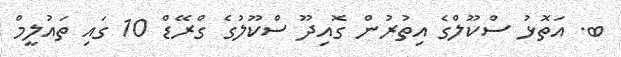
ބ. އަތޮޅު ސްކޫލްގެ އިތުރުން ގޮއިދޫ ސްކޫލުގެ ގްރޭޑް 10 ގައި ތައުލީމް